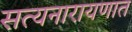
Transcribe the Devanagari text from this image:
सत्यनारायणात